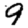
Digit: 9